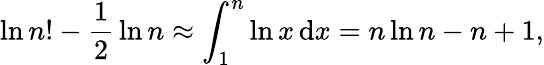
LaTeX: \ln n!-{\frac{1}{2}}\ln n\approx\int_{1}^{n}\ln x\, \mathrm{{d}}x=n\ln n-n+1,